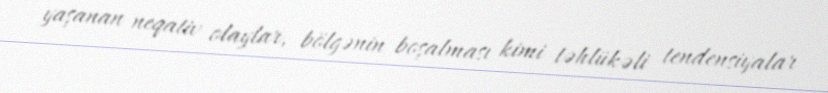
yaşanan neqativ olaylar, bölgənin boşalması kimi təhlükəli tendensiyalar